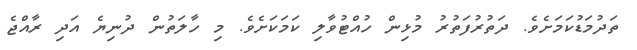
ތަދުމަޑުކަމަށެވެ. ދަތުރުފަތުރު މުޅިން ހުއްޓުވާލި ކަމަކަށެވެ. މި ހާލަތުން ދުނިޔެ އަދި ރާއްޖެ